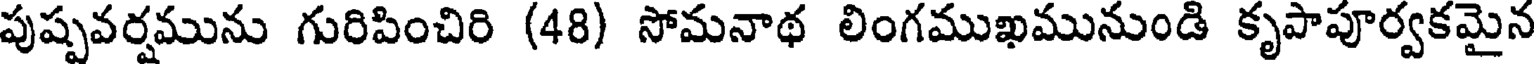
పుష్పవర్షమును గురిపించిరి (48) సోమనాథ లింగముఖమునుండి కృపాపూర్వకమైన